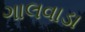
ગાલવાડા